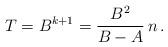
LaTeX: \begin{align*}T = B^{k+1} = \frac{B^2}{B-A} \,n\,. \end{align*}